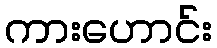
ကားဟောင်း